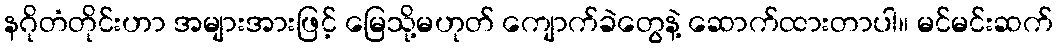
နဂိုတံတိုင်းဟာ အများအားဖြင့် မြေသို့မဟုတ် ကျောက်ခဲတွေနဲ့ ဆောက်ထားတာပါ။ မင်မင်းဆက်